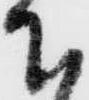
下